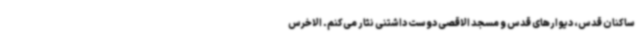
ساکنان قدس، دیوارهای قدس و مسجد الاقصی دوست داشتنی نثار می‌کنم. الاخرس